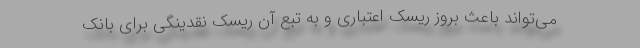
می‌تواند باعث بروز ریسک اعتباری و به تبع آن ریسک نقدینگی برای بانک